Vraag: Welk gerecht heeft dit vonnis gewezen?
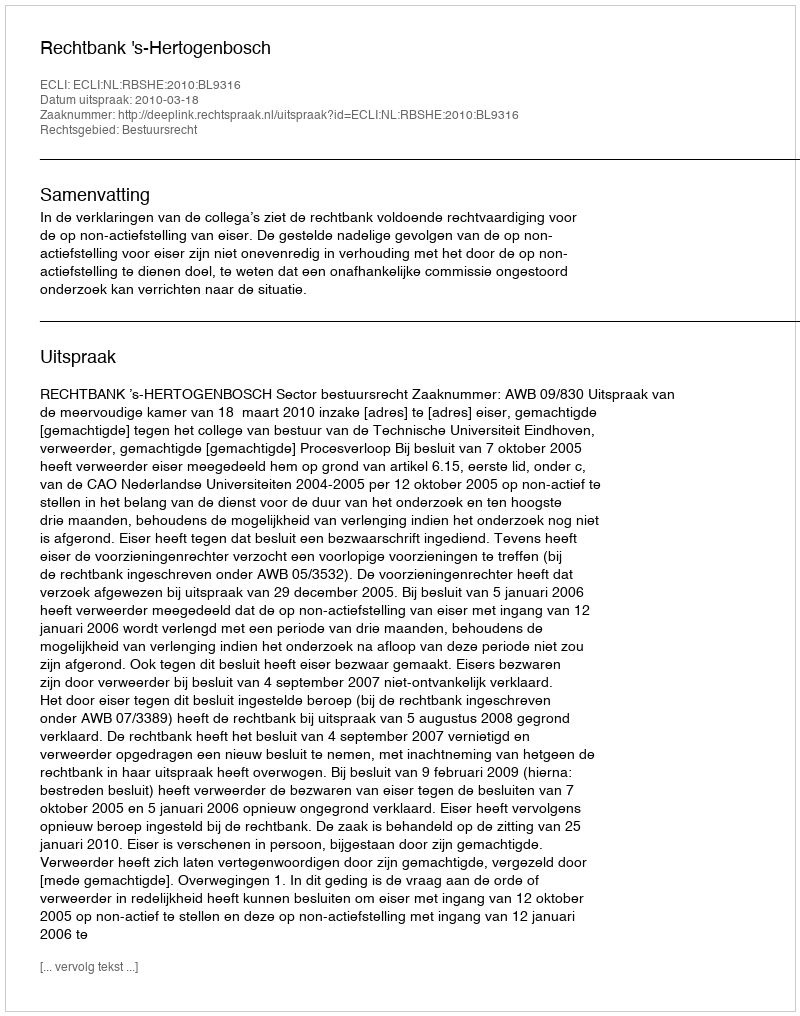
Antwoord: Rechtbank 's-Hertogenbosch